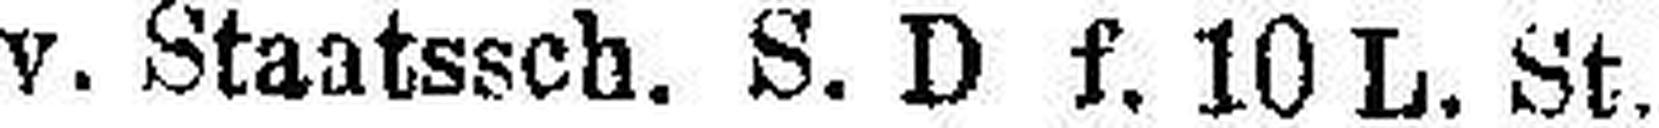
Türk. conv. Staatssch. S. D f. 10 L. St.